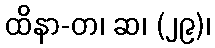
ထိနာ-တ၊ ဆ၊ (၂၉)၊